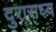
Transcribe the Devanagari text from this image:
दुराराध्य